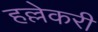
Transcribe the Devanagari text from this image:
हल्लेकरी